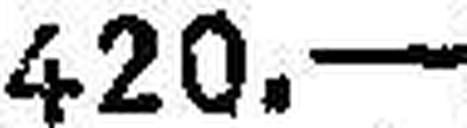
420.—